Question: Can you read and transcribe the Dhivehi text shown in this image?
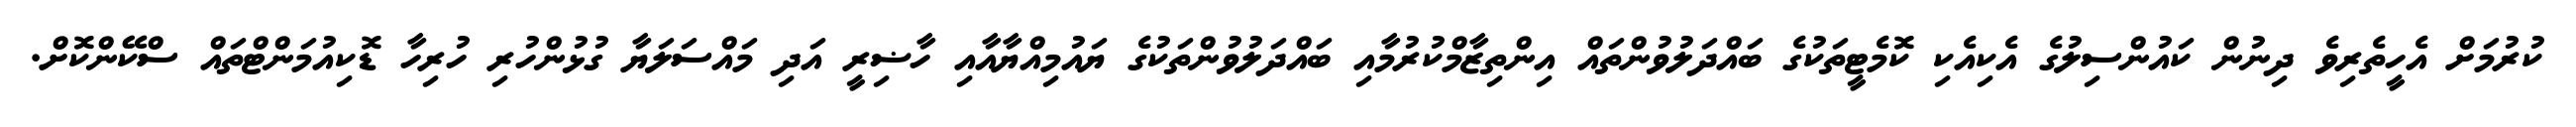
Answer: ކުރުމަށް އެހީތެރިވެ ދިނުން ކައުންސިލުގެ އެކިއެކި ކޮމެޓީތަކުގެ ބައްދަލުވުންތައް އިންތިޒާމްކުރުމާއި ބައްދަލުވުންތަކުގެ ޔައުމިއްޔާއާއި ހާޟިރީ އަދި މައްސަލަޔާ ގުޅުންހުރި ހުރިހާ ޑޮކިއުމަންޓްތައް ސްކޭންކޮށް.